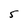
Character: 5